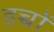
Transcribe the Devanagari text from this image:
डच्चों